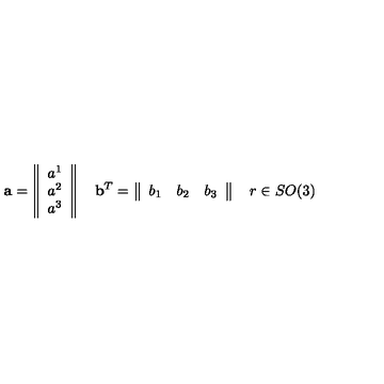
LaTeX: { \bf a } = \left\| \begin{array} { c } { a ^ { 1 } } \\ { a ^ { 2 } } \\ { a ^ { 3 } } \\ \end{array} \right\| \quad { \bf b } ^ { T } = \left\| \begin{array} { c c c } { b _ { 1 } } & { b _ { 2 } } & { b _ { 3 } } \\ \end{array} \right\| \quad r \in S O ( 3 )